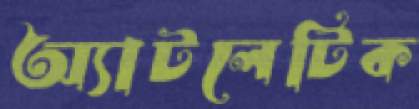
অ্যাটলেটিক